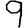
Digit: 9